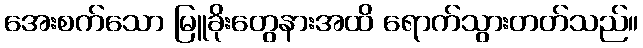
အေးစက်သော မြူခိုးတွေနားအထိ ရောက်သွားတတ်သည်။